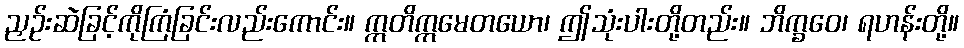
ညှဉ်းဆဲခြင့်ကိုကြံခြင်းလည်းကောင်း။ ဣတိဣမေတယော၊ ဤသုံးပါးတို့တည်း။ ဘိက္ခဝေ၊ ရဟန်းတို့။